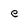
Character: e